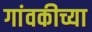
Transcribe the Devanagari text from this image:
गांवकीच्या